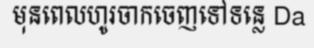
មុនពេលហូរចាកចេញទៅទន្លេ Da